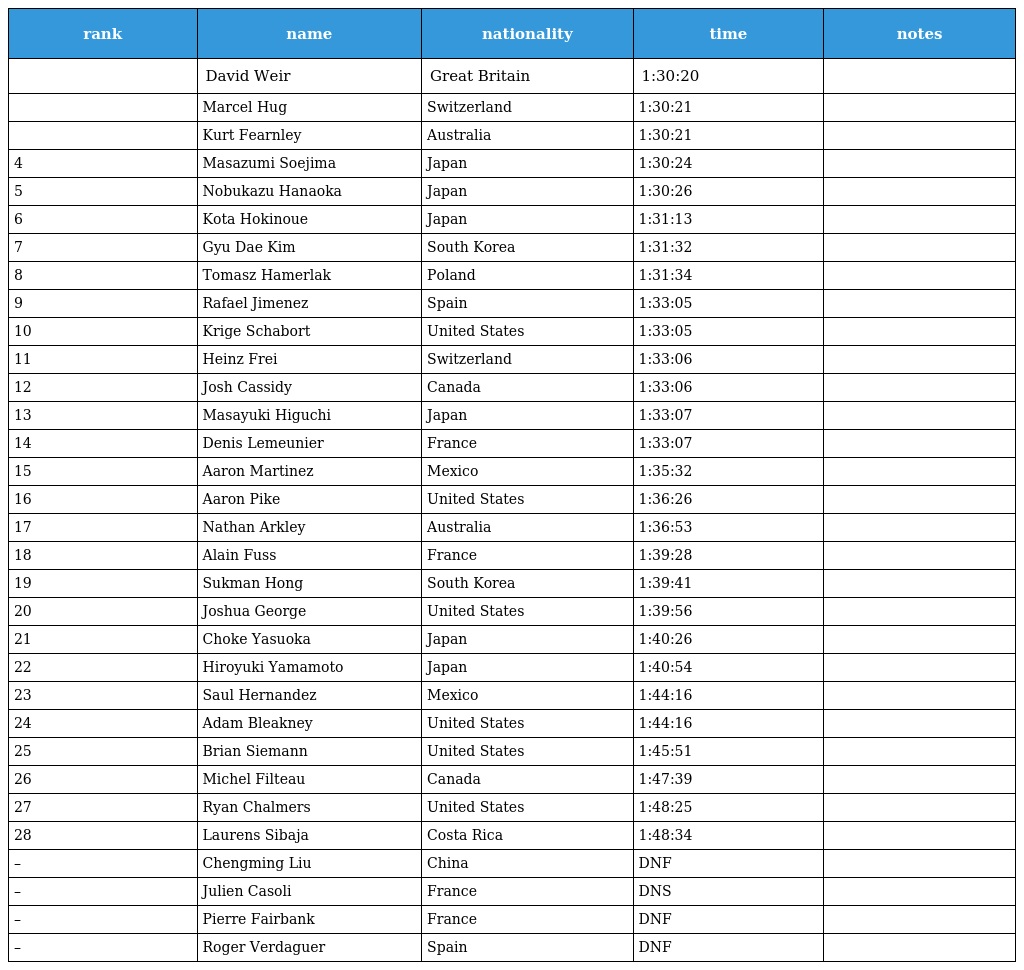
| rank | name | nationality | time | notes |
 | --- | --- | --- | --- | --- |
 |  | David Weir | Great Britain | 1:30:20 |  |
 |  | Marcel Hug | Switzerland | 1:30:21 |  |
 |  | Kurt Fearnley | Australia | 1:30:21 |  |
 | 4 | Masazumi Soejima | Japan | 1:30:24 |  |
 | 5 | Nobukazu Hanaoka | Japan | 1:30:26 |  |
 | 6 | Kota Hokinoue | Japan | 1:31:13 |  |
 | 7 | Gyu Dae Kim | South Korea | 1:31:32 |  |
 | 8 | Tomasz Hamerlak | Poland | 1:31:34 |  |
 | 9 | Rafael Jimenez | Spain | 1:33:05 |  |
 | 10 | Krige Schabort | United States | 1:33:05 |  |
 | 11 | Heinz Frei | Switzerland | 1:33:06 |  |
 | 12 | Josh Cassidy | Canada | 1:33:06 |  |
 | 13 | Masayuki Higuchi | Japan | 1:33:07 |  |
 | 14 | Denis Lemeunier | France | 1:33:07 |  |
 | 15 | Aaron Martinez | Mexico | 1:35:32 |  |
 | 16 | Aaron Pike | United States | 1:36:26 |  |
 | 17 | Nathan Arkley | Australia | 1:36:53 |  |
 | 18 | Alain Fuss | France | 1:39:28 |  |
 | 19 | Sukman Hong | South Korea | 1:39:41 |  |
 | 20 | Joshua George | United States | 1:39:56 |  |
 | 21 | Choke Yasuoka | Japan | 1:40:26 |  |
 | 22 | Hiroyuki Yamamoto | Japan | 1:40:54 |  |
 | 23 | Saul Hernandez | Mexico | 1:44:16 |  |
 | 24 | Adam Bleakney | United States | 1:44:16 |  |
 | 25 | Brian Siemann | United States | 1:45:51 |  |
 | 26 | Michel Filteau | Canada | 1:47:39 |  |
 | 27 | Ryan Chalmers | United States | 1:48:25 |  |
 | 28 | Laurens Sibaja | Costa Rica | 1:48:34 |  |
 | – | Chengming Liu | China | DNF |  |
 | – | Julien Casoli | France | DNS |  |
 | – | Pierre Fairbank | France | DNF |  |
 | – | Roger Verdaguer | Spain | DNF |  |